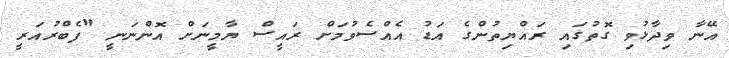
އޭނާ ވިދާޅުވި ގޮތުގައި ރައްޔިތުންގެ އަޑު އެއްސެވުމަށް ރައީސް ޔާމީނަށް އޮންނަނީ "ފެބްރުއަރީ